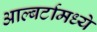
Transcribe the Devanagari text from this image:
आल्बर्टामध्ये